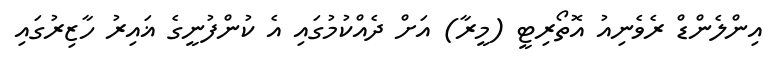
އިންލެންޑް ރެވެނިއު އޮތޯރިޓީ (މީރާ) އަށް ދެއްކުމުގައި އެ ކުންފުނީގެ ޣައިރު ހާޒިރުގައި